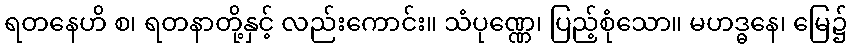
ရတနေဟိ စ၊ ရတနာတို့နှင့် လည်းကောင်း။ သံပုဏ္ဏေ၊ ပြည့်စုံသော။ မဟဒ္ဓနေ၊ မြေ၌